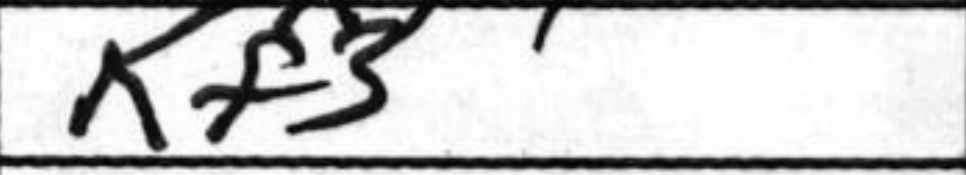
Transcription: Kf3